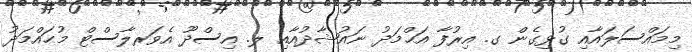
މިމައްސަލައާއި ގުޅިގެން ގ. އިރުފާ އަޙްމަދު ނައުޝާދުއާއި ލ. އިސްދޫ އެވަރލާސްޓް މުޙައްމަދު